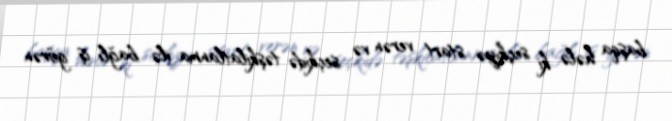
başqa hələ ki seçkiyə start verən və seçkidə təşkilatlanma ilə bağlı iş görən